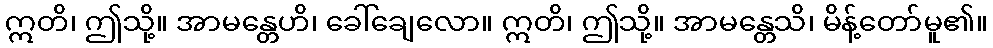
ဣတိ၊ ဤသို့။ အာမန္တေဟိ၊ ခေါ်ချေလော။ ဣတိ၊ ဤသို့။ အာမန္တေသိ၊ မိန့်တော်မူ၏။